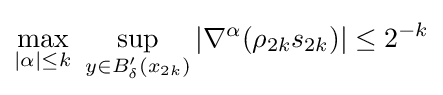
\max _{|\alpha |\leq k}\ \sup _{y\in B'_{\delta }(x_{2k})}|\nabla ^{\alpha }(\rho _{2k}s_{2k})|\leq 2^{-k}